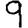
Digit: 9